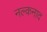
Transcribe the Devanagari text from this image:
नल्कनाद